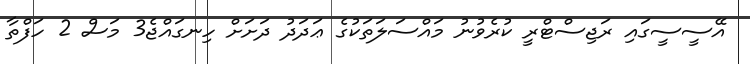
އޭސީސީގައި ރަޖިސްޓްރީ ކުރެވުނު މައްސަލަތަކުގެ ޢަދަދު ދަށަށް ހިނގައްޖެ3 މަސް 2 ހަފްތާ